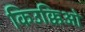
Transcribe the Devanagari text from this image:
किउक्किओ